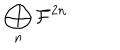
LaTeX: \bigoplus _ { n } { \cal F } ^ { 2 n }